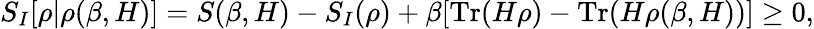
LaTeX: S_{I}[\rho|\rho(\beta,H)]=S(\beta,H)-S_{I}(\rho)+\beta[\textrm{Tr}(H\rho)-\textrm{Tr}(H\rho(\beta,H))]\ge 0,